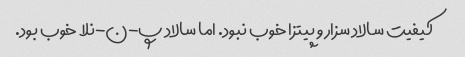
کیفیت سالاد سزار و پیتزا خوب نبود. اما سالاد پ-ن-نلا خوب بود.